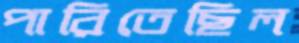
পারিতেছিল